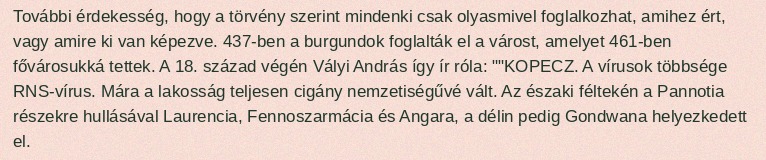
További érdekesség, hogy a törvény szerint mindenki csak olyasmivel foglalkozhat, amihez ért, vagy amire ki van képezve. 437-ben a burgundok foglalták el a várost, amelyet 461-ben fővárosukká tettek. A 18. század végén Vályi András így ír róla: ""KOPECZ. A vírusok többsége RNS-vírus. Mára a lakosság teljesen cigány nemzetiségűvé vált. Az északi féltekén a Pannotia részekre hullásával Laurencia, Fennoszarmácia és Angara, a délin pedig Gondwana helyezkedett el.